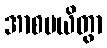
အာစမယိတွာ